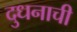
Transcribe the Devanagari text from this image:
दुधनाची